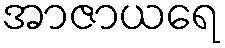
အာဇာယရေ